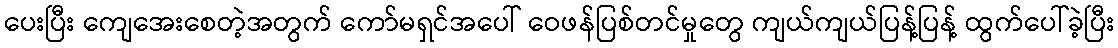
ပေးပြီး ကျေအေးစေတဲ့အတွက် ကော်မရှင်အပေါ် ဝေဖန်ပြစ်တင်မှုတွေ ကျယ်ကျယ်ပြန့်ပြန့် ထွက်ပေါ်ခဲ့ပြီး